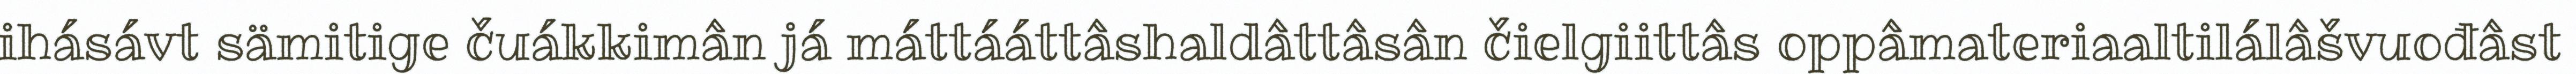
ihásávt sämitige čuákkimân já máttááttâshaldâttâsân čielgiittâs oppâmateriaaltilálâšvuođâst